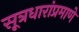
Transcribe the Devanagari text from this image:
सूत्रधारांप्रमाणे